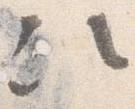
次